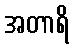
အတာရိ